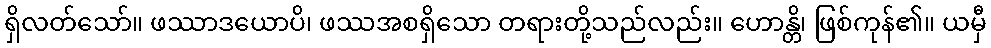
ရှိလတ်သော်။ ဖဿာဒယောပိ၊ ဖဿအစရှိသော တရားတို့သည်လည်း။ ဟောန္တိ၊ ဖြစ်ကုန်၏။ ယမှီ